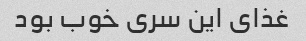
غذای این سری خوب بود